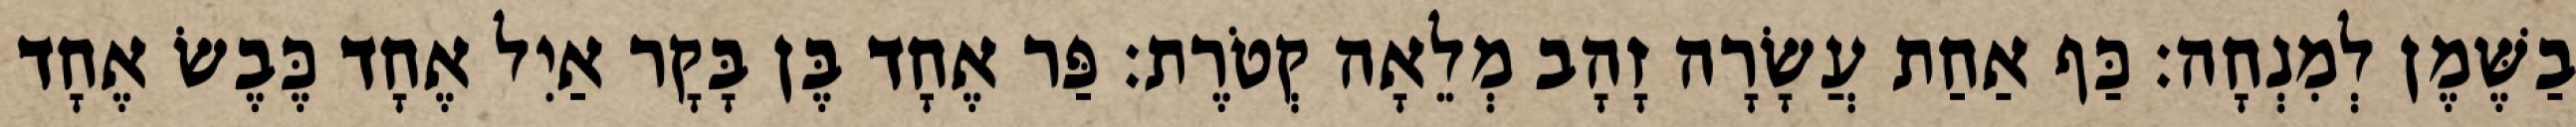
בַשֶּׁמֶן לְמִנְחָה׃ כַּף אַחַת עֲשָׂרָה זָהָב מְלֵאָה קְטֹרֶת׃ פַּר אֶחָד בֶּן בָּקָר אַיִל אֶחָד כֶּבֶשׂ אֶחָד